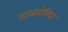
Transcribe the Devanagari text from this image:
परामनोविद्या